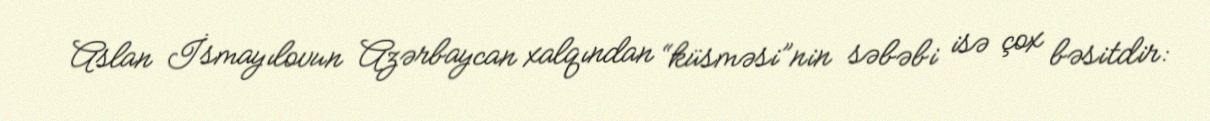
Aslan İsmayılovun Azərbaycan xalqından “küsməsi”nin səbəbi isə çox bəsitdir: